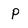
Character: P